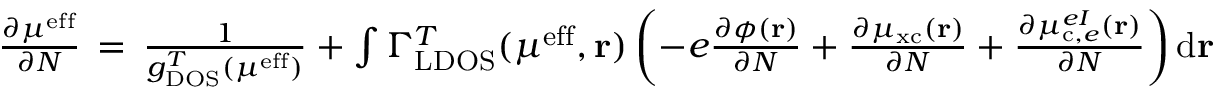
\begin{array} { r } { \frac { \partial \mu ^ { \mathrm { e f f } } } { \partial N } \, = \, \frac { 1 } { g _ { \mathrm { D O S } } ^ { T } ( \mu ^ { \mathrm { e f f } } ) } + \int \Gamma _ { \mathrm { L D O S } } ^ { T } ( \mu ^ { \mathrm { e f f } } , \mathbf { r } ) \left( - e \frac { \partial \phi ( \mathbf { r } ) } { \partial N } + \frac { \partial \mu _ { \mathrm { x c } } ( \mathbf { r } ) } { \partial N } + \frac { \partial \mu _ { \mathrm { c } , e } ^ { e I } ( \mathbf { r } ) } { \partial N } \right) \mathrm { d } \mathbf { r } } \end{array}